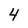
Character: 4